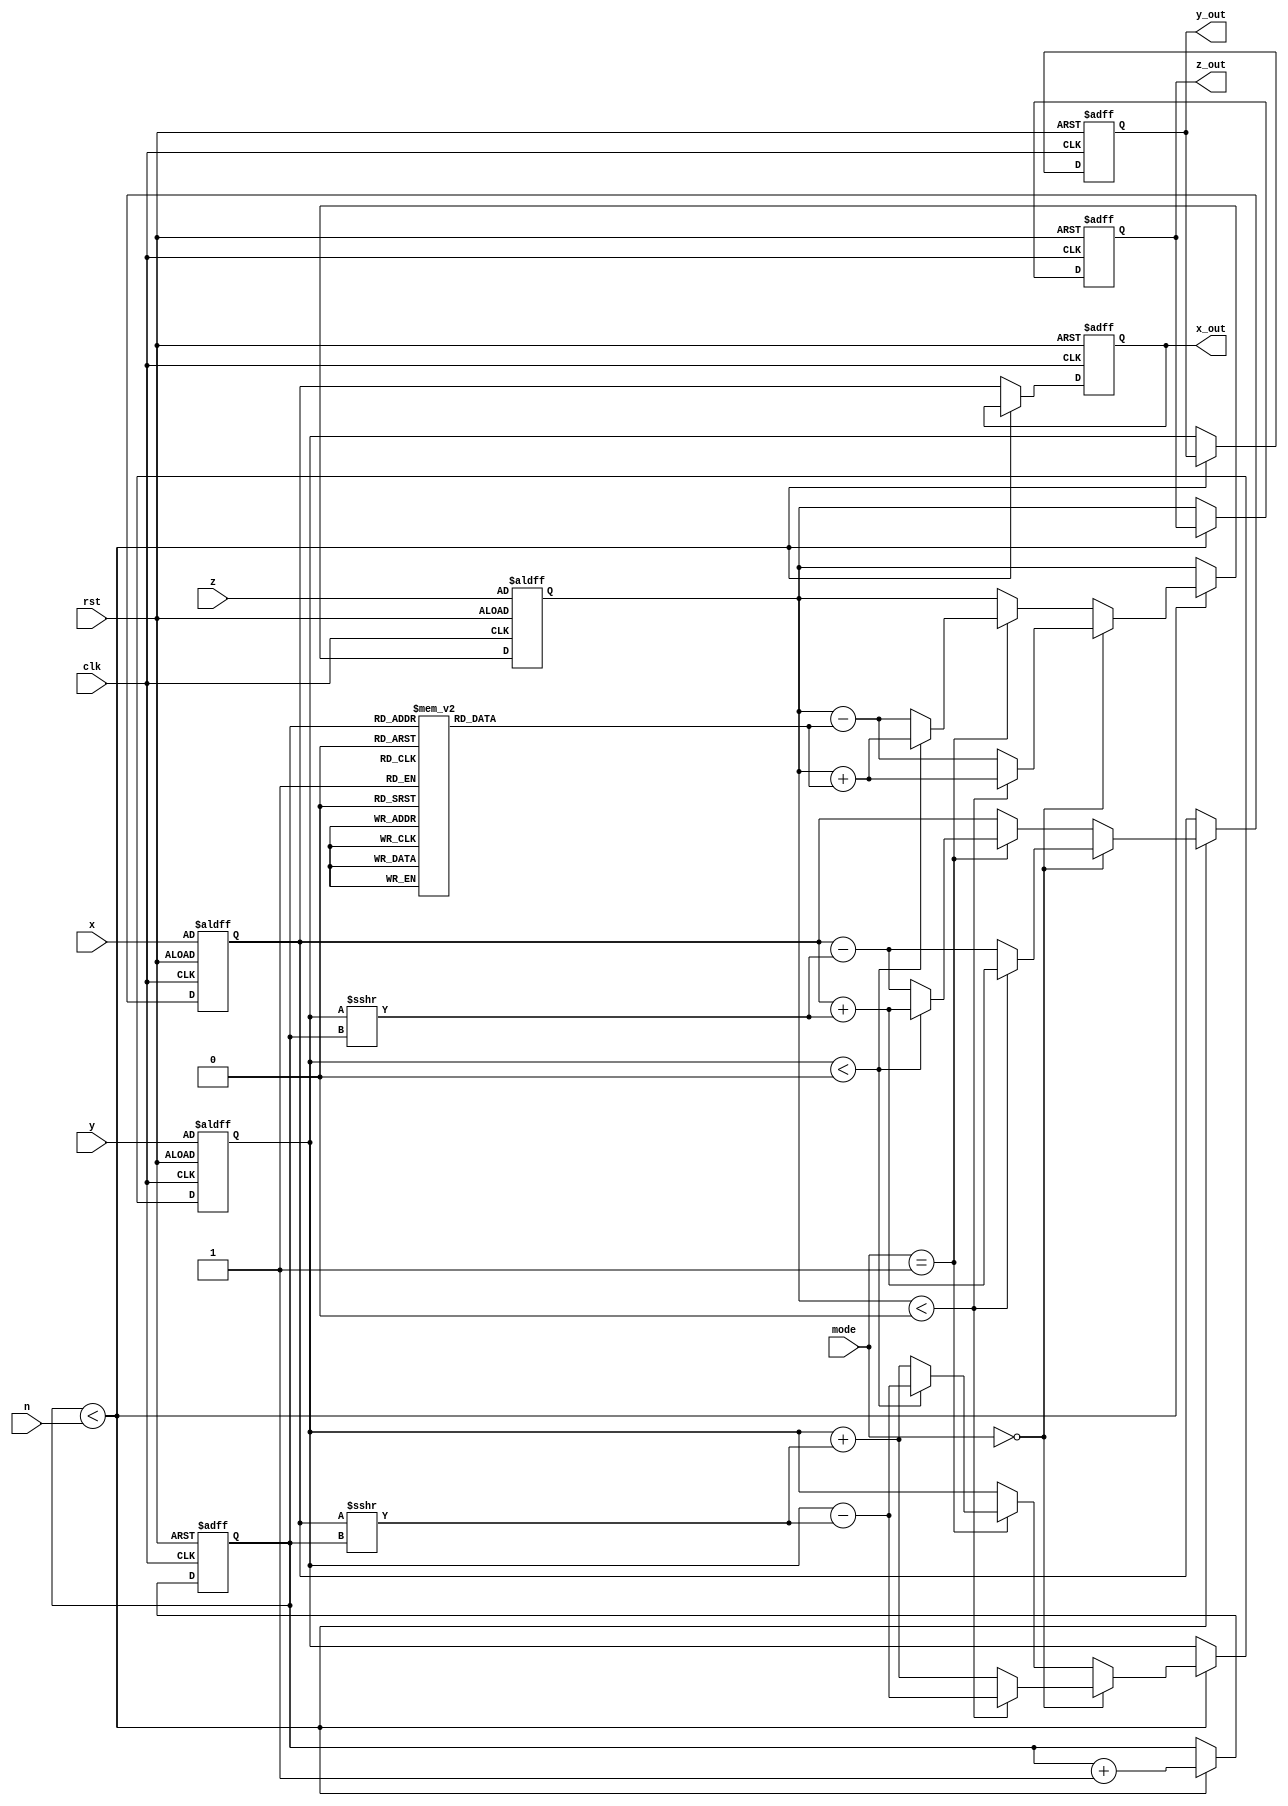
module cordic (
    input wire signed [15:0] x,       // Input x-coordinate
    input wire signed [15:0] y,       // Input y-coordinate
    input wire signed [15:0] z,       // Input angle (in radians)
    input wire [1:0] mode,            // Operation mode (0: rotation, 1: vectoring)
    input wire [3:0] n,               // Number of iterations
    input wire clk,                   // Clock signal
    input wire rst,                   // Reset signal
    output reg signed [15:0] x_out,   // Output x-coordinate
    output reg signed [15:0] y_out,   // Output y-coordinate
    output reg signed [15:0] z_out     // Output angle or hyperbolic value
);

    // CORDIC parameters
    reg signed [15:0] angle_lut [0:15]; // Angle lookup table
    reg signed [15:0] x_reg, y_reg, z_reg;
    reg [3:0] iteration_count;

    // Initialize angle lookup table
    initial begin
        angle_lut[0] = 16'h0000; // 0 degrees
        angle_lut[1] = 16'h1C71; // 45 degrees
        angle_lut[2] = 16'h1A62; // 26.565 degrees
        angle_lut[3] = 16'h186A; // 14.036 degrees
        angle_lut[4] = 16'h1715; // 7.125 degrees
        angle_lut[5] = 16'h1602; // 3.576 degrees
        angle_lut[6] = 16'h1555; // 1.789 degrees
        angle_lut[7] = 16'h14D5; // 0.895 degrees
        angle_lut[8] = 16'h1450; // 0.447 degrees
        angle_lut[9] = 16'h13D9; // 0.224 degrees
        angle_lut[10] = 16'h1370; // 0.112 degrees
        angle_lut[11] = 16'h1318; // 0.056 degrees
        angle_lut[12] = 16'h12D0; // 0.028 degrees
        angle_lut[13] = 16'h1290; // 0.014 degrees
        angle_lut[14] = 16'h1258; // 0.007 degrees
        angle_lut[15] = 16'h1230; // 0.003 degrees
    end

    // CORDIC iteration process
    always @(posedge clk or posedge rst) begin
        if (rst) begin
            x_reg <= x;
            y_reg <= y;
            z_reg <= z;
            iteration_count <= 0;
            x_out <= 0;
            y_out <= 0;
            z_out <= 0;
        end else if (iteration_count < n) begin
            // CORDIC rotation or vectoring
            if (mode == 2'b00) begin // Rotation mode
                if (z_reg < 0) begin
                    x_reg <= x_reg + (y_reg >>> iteration_count);
                    y_reg <= y_reg - (x_reg >>> iteration_count);
                    z_reg <= z_reg + angle_lut[iteration_count];
                end else begin
                    x_reg <= x_reg - (y_reg >>> iteration_count);
                    y_reg <= y_reg + (x_reg >>> iteration_count);
                    z_reg <= z_reg - angle_lut[iteration_count];
                end
            end else if (mode == 2'b01) begin // Vectoring mode
                if (y_reg < 0) begin
                    x_reg <= x_reg + (y_reg >>> iteration_count);
                    y_reg <= y_reg - (x_reg >>> iteration_count);
                    z_reg <= z_reg + angle_lut[iteration_count];
                end else begin
                    x_reg <= x_reg - (y_reg >>> iteration_count);
                    y_reg <= y_reg + (x_reg >>> iteration_count);
                    z_reg <= z_reg - angle_lut[iteration_count];
                end
            end

            iteration_count <= iteration_count + 1;
        end else begin
            // Final output assignment
            x_out <= x_reg;
            y_out <= y_reg;
            z_out <= z_reg;
        end
    end
endmodule